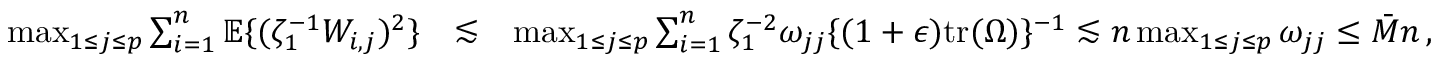
\begin{array} { r l r } { \operatorname* { m a x } _ { 1 \leq j \leq p } \sum _ { i = 1 } ^ { n } { \mathbb { E } } \{ ( \zeta _ { 1 } ^ { - 1 } W _ { i , j } ) ^ { 2 } \} } & { \lesssim } & { \operatorname* { m a x } _ { 1 \leq j \leq p } \sum _ { i = 1 } ^ { n } \zeta _ { 1 } ^ { - 2 } \omega _ { j j } \{ ( 1 + \epsilon ) \mathrm { t r } ( \Omega ) \} ^ { - 1 } \lesssim n \operatorname* { m a x } _ { 1 \leq j \leq p } \omega _ { j j } \leq \bar { M } n \, , } \end{array}